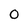
Character: 0